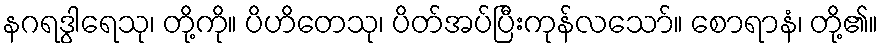
နဂရဒွါရေသု၊ တို့ကို။ ပိဟိတေသု၊ ပိတ်အပ်ပြီးကုန်လသော်။ စောရာနံ၊ တို့၏။